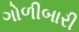
ગોળીબારી